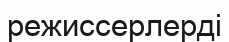
режиссерлерді